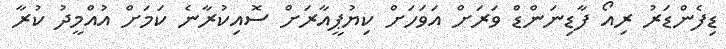
ޑިފެންޑަރު ރިއޯ ފާޑިނަންޑް ވަރަށް އަވަހަށް ކިޔުޕީއާރަށް ސޮއިކުރާނެ ކަމަށް އުއްމީދު ކުރާ